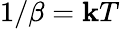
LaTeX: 1/\beta=\mathbf{k}T